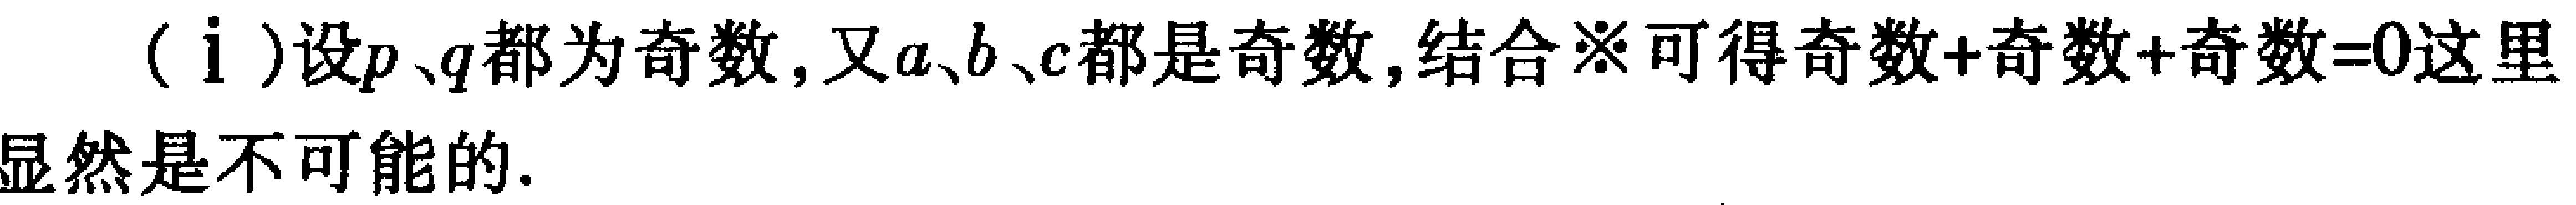
（i）设\(p、q\)都为奇数，又\(a、b、c\)都是奇数，结合※可得奇数+奇数+奇数\(=0\)这里显然是不可能的.